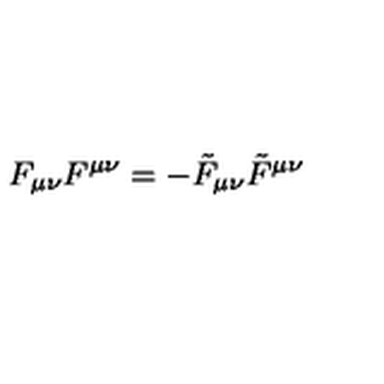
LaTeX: F _ { \mu \nu } F ^ { \mu \nu } = - \tilde { F } _ { \mu \nu } \tilde { F } ^ { \mu \nu }